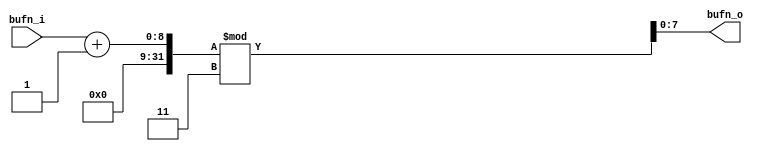
`timescale 1ns / 1ps
/*
Company : Liyang Milian Electronic Technology Co., Ltd.
Brand: milianke
Technical forum:www.uisrc.com
taobao1: https://milianke.taobao.com
taobao2: https://osrc.taobao.com
jd:https://milianke.jd.com
Create Date: 2019/12/17
Module Name: uisetvbuf
Description: 
Copyright: Copyright (c) milianke
Revision: 1.0
Signal description:
1) _i input
2) _o output
3) _n activ low
4) _dg debug signal 
5) _r delay or register
6) _s state mechine
*/
//////////////////////////////////////////////////////////////////////////////////

module uisetvbuf#(
parameter  integer                  BUF_DELAY     = 1,
parameter  integer                  BUF_LENTH     = 3
)
(

input      [7   :0]                 bufn_i,
output     [7   :0]                 bufn_o
);    

assign bufn_o = (bufn_i+(BUF_LENTH-1'b1-BUF_DELAY))%BUF_LENTH;


endmodule